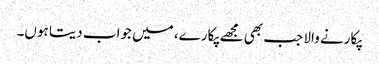
پکارنے والا جب بھی مجھے پکارے، میں جواب دیتا ہوں۔